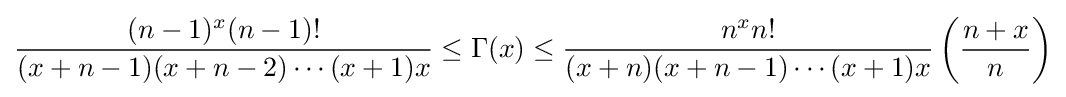
{\frac {(n-1)^{x}(n-1)!}{(x+n-1)(x+n-2)\cdots (x+1)x}}\leq \Gamma (x)\leq {\frac {n^{x}n!}{(x+n)(x+n-1)\cdots (x+1)x}}\left({\frac {n+x}{n}}\right)